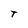
Character: T